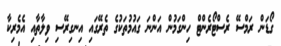
ގޯޑަން ރަމްސޭ ރެސްޓޯރެންޓް ހިންގަމުން އަންނަ ގައުމުތަކުގެ ތެރޭގައި އިނގިރޭސި ވިލާތާއި އެމެރިކާ